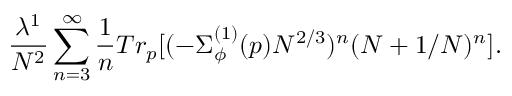
\frac { \lambda ^ { 1 } } { N ^ { 2 } } \sum _ { n = 3 } ^ { \infty } \frac { 1 } { n } T r _ { p } [ ( - \Sigma _ { \phi } ^ { ( 1 ) } ( p ) N ^ { 2 / 3 } ) ^ { n } ( N + 1 / N ) ^ { n } ] .